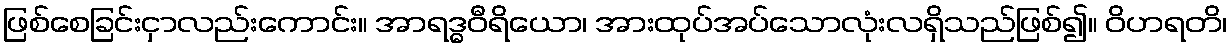
ဖြစ်စေခြင်းငှာလည်းကောင်း။ အာရဒ္ဓဝီရိယော၊ အားထုပ်အပ်သောလုံးလရှိသည်ဖြစ်၍။ ဝိဟရတိ၊